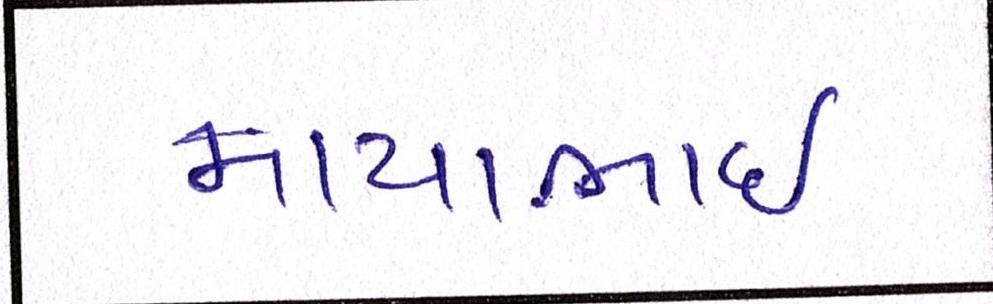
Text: માયાભાઇ